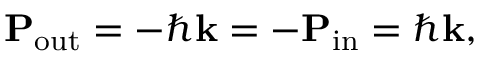
\mathbf { P } _ { \mathrm { o u t } } = - \hbar \mathbf { k } = - \mathbf { P } _ { \mathrm { i n } } = \hbar \mathbf { k } ,